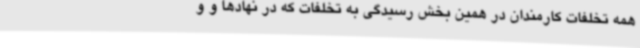
همه تخلفات کارمندان در همین بخش رسیدگی به تخلفات که در نهادها و و